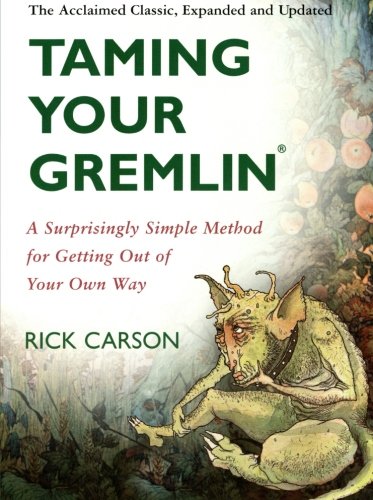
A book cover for Taming Your Gremlin: A Surprisingly Simple Method for Getting Out of Your Own Way; Rick Carson; Self-Help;